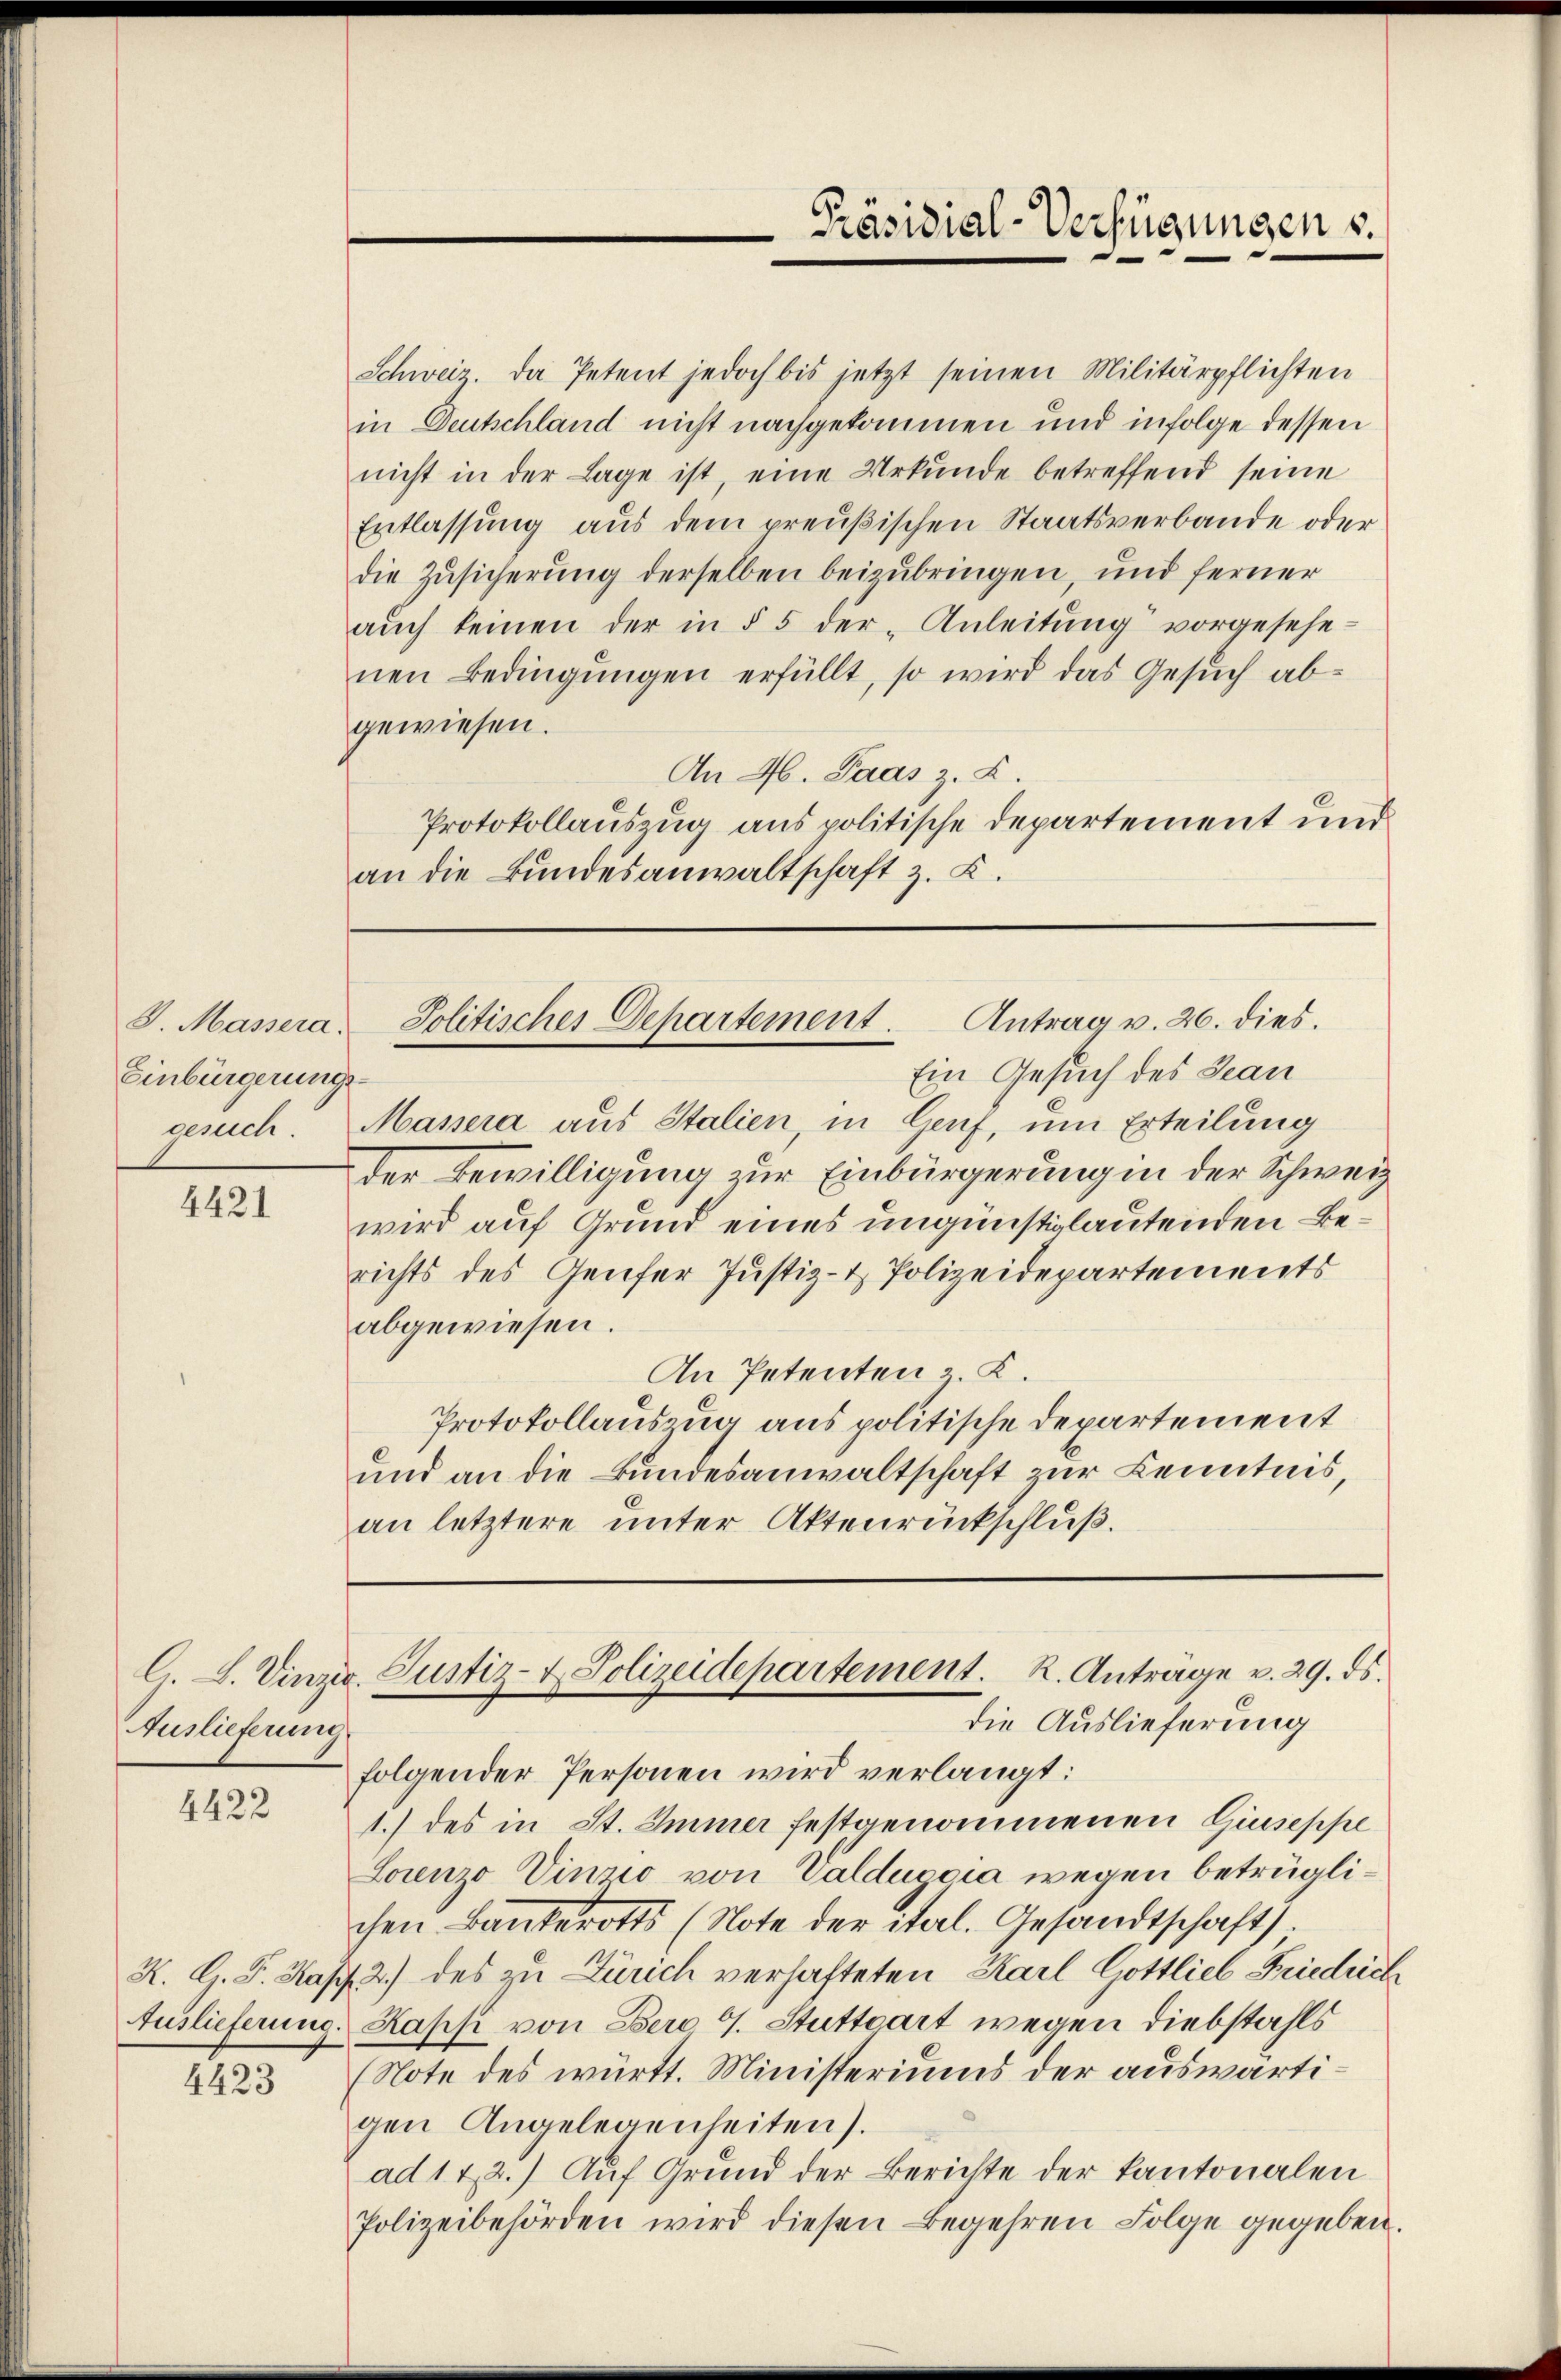
S. Massera.
Einbürgerungs
gesuch.

4421

Auslieferung

4422

Auslieferung.

4423

Schweiz. Da Petent jedoch bis jetzt seinen Militärpflichten
in Deutschland nicht nachgekommen und infolge dessen
nicht in der Lage ist, eine Urkunde betreffend seine
Entlassung aus dem preußischen Staatsverbande oder
die Zusicherung derselben beizubringen, und ferner
aŭch keinen der in § 5 der Anleitung vorgesehenen Bedingungen erfüllt, so wird das Gesuch abgewiesen.
An 46. Paas z. B.
Protokollauszug aus politische Departement und
an die Bundesanwaltschaft z. K.

Präsidial-Verfügungen s.

Politisches Departement. Antrag v. 26. dies.

Ein Gesuch des Jean
Massera aus Stalien, in Genf, um Erteilung
der Bewilligung zur Einbürgerung in der Schweiz
wird auf Grund eines ungünstig lautenden Berichts des Genfer Justiz- & Polizeidepartements
abgewiesen.
An Petenten z. K.
Protokollauszug aus politische Departement
und an die Bundesanwaltschaft zur Kenntnis
an letztere unter Aktenrückschluß.

G. L. Vinzer Justiz- & Polizeidepartement. R. Antrage v. 29. ds.

die Auslieferung
folgender Personen wird verlangt:
1.) des in St. Immer festgenommenen Giuseppe
Lorenzo Vinzio von Valdugia wegen betrüglichen Bankerotts (Note der ital. Gesandtschaft).
K. G. P. Kapf 2.) des zu Zürich verhafteten Karl Gottlieb Friedrich
Kappe von Dero 9. Stuttgart wegen Diebstahls
(Note des württ. Ministeriums der auswärtigen Angelegenheiten).
ad 1 & 2.) Auf Grund der Berichte der Kantonalen
Polizeibehörden wird diesen Begehren Folge gegeben.